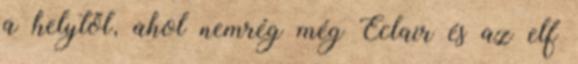
a helytől, ahol nemrég még Eclair és az elf